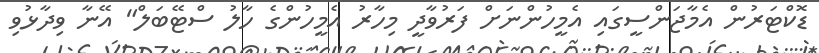
ޑޮކްޓަރުން އެމާޖަންސީގައި އެމީހުންނަށް ފަރުވާދީ މިހާރު އެމީހުންގެ ހާލު ސްޓޭބަލް" އޭނާ ވިދާޅުވި